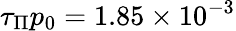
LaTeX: \tau_{\Pi}p_{0}=1.85\times 10^{-3}